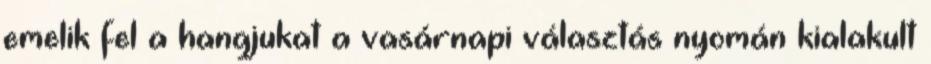
emelik fel a hangjukat a vasárnapi választás nyomán kialakult